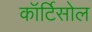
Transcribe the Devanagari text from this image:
कॉर्टिसोल